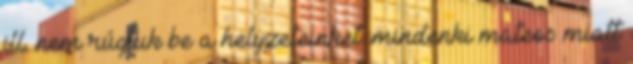
ill. nem rúgtuk be a helyzeteinket. mindenki mateos miatt